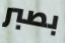
بصبر